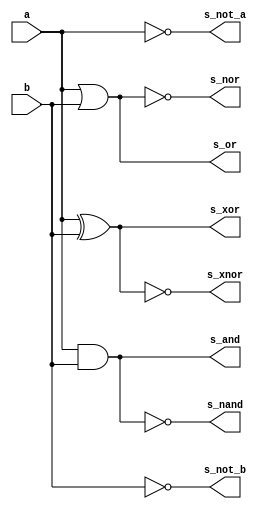
// -------------------------
// Exemplo0034 - OR/NOR e XOR/XNOR - 4 bits - Selecionvel
// Nome: Daniel Telles McGinnis
// -------------------------
// Previso:
// A sada ser a tabela verdade de todas as operaes pedidas no
// guia (not, or, and, nand, xor, xnor).
// Teste 1:
// Entradas: [a = 0011], [b = 0101], [primeiro: chave = 0, depois: chave = 1].
// Observaes da sada:
// A sada so quatro linhas, uma para cada operao com 2 bits,
// como esperado.

module subcircuito(output s_not_a, output s_not_b, output s_or, output s_nor, output s_and,
                   output s_nand, output s_xor, output s_xnor, input a, input b);
	not N0 (s_not_a, a);
	not N1 (s_not_b, b);
	or N2 (s_or, a, b);
	nor N3 (s_nor, a, b);
	and N4 (s_and, a, b);
	nand N5 (s_nand, a, b);
	xor N6 (s_xor, a, b);
	xnor N7 (s_xnor, a, b);
endmodule // subcircuito

module test_subcircuito;
	// ------------------------- definir dados
	reg x;
	reg y;
	wire s_not_x;
	wire s_not_y;
	wire s_or;
	wire s_nor;
	wire s_and;
	wire s_nand;
	wire s_xor;
	wire s_xnor;
	subcircuito modulo (s_not_x, s_not_y, s_or, s_nor, s_and, s_nand, s_xor, s_xnor, x, y);
	// ------------------------- parte principal
	initial begin
		$display("Exemplo0034 - Daniel Telles McGinnis - 435042");
		$display("Test LU's module");
		$monitor("(%b, %b) -> %b %b %b %b %b %b %b %b", x, y, s_not_x, s_not_y, s_or, s_nor, s_and, s_nand, s_xor, s_xnor);
		x = 1'b0; y = 1'b0;
		#1 x = 1'b0; y = 1'b1;
		#1 x = 1'b1; y = 1'b0;
		#1 x = 1'b1; y = 1'b1;
	end
endmodule // test_subcircuito